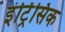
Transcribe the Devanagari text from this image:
इंट्रिंसिक